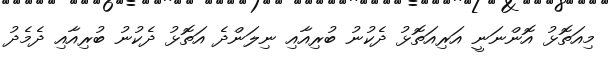
މިއަތޮޅު އޮންނަނީ އަރިއަތޮޅު ދެކުނު ބުރިއާއި ނިލަންދެ އަތޮޅު ދެކުނު ބުރިއާއި ދެމެދު